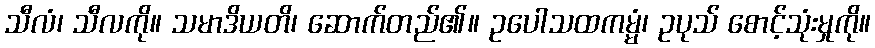
သီလံ၊ သီလကို။ သမာဒိယတိ၊ ဆောက်တည်၏။ ဥပေါသထကမ္မံ၊ ဥပုသ် စောင့်သုံးမှုကို။